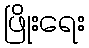
ဖြိုးရေး